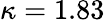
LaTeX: \kappa=1.83